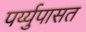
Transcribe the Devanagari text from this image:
पर्य्युपासत